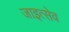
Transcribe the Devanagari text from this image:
जाइत्सेव